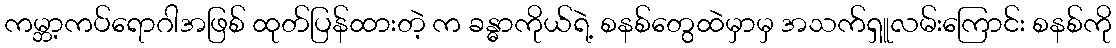
ကမ္ဘာ့ကပ်ရောဂါအဖြစ် ထုတ်ပြန်ထားတဲ့ က ခန္ဓာကိုယ်ရဲ့ စနစ်တွေထဲမှာမှ အသက်ရှူလမ်းကြောင်း စနစ်ကို